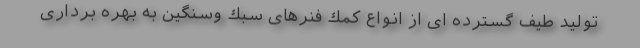
تولید طیف گسترده ای از انواع كمك فنرهای سبك وسنگین به بهره برداری